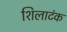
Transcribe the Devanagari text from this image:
शिलाटंक